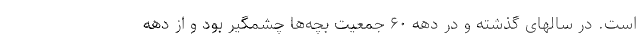
است. در سالهای گذشته و در دهه ۶۰ جمعیت بچه‌ها چشمگیر بود و از دهه